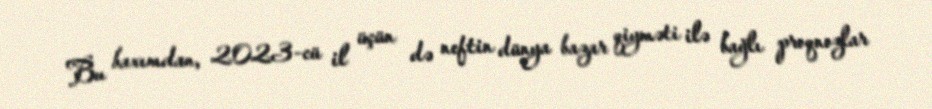
Bu baxımdan, 2023-cü il üçün də neftin dünya bazar qiyməti ilə bağlı proqnozlar